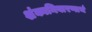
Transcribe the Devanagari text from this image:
शंकानिवारणार्थ